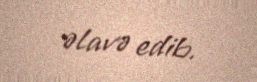
əlavə edib.